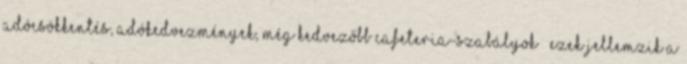
Adócsökkentés, adókedvezmények, még kedvezőbb cafeteria-szabályok – ezek jellemzik a